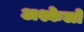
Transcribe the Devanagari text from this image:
अश्केलो